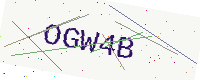
Text: OGW4B